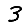
Digit: 3